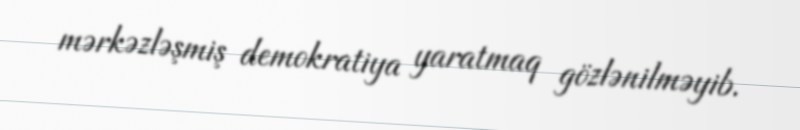
mərkəzləşmiş demokratiya yaratmaq gözlənilməyib.